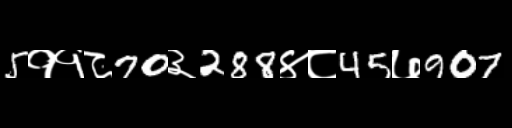
Text: 5११८70३288४८45७907